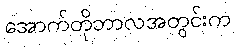
အောက်တိုဘာလအတွင်းက